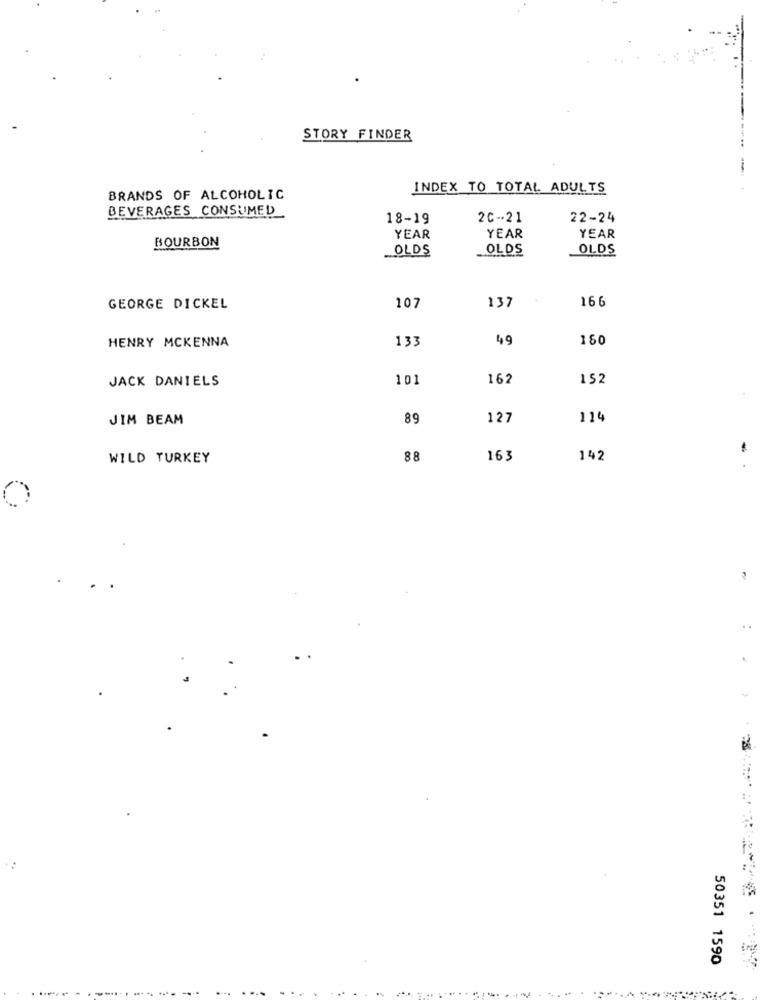
STORY FINDER
INDEX TO TOTAL ADULTS
BRANDS OF ALCOHOLIC
BEVERAGES CONSUMED
18-19
20-21
22-24
BOURBON
YEAR
YEAR
YEAR
.. OLDS
OLDS
OLDS
137
166
GEORGE DICKEL
107
HENRY MCKENNA
133
49
150
JACK DANIELS
101
162
152
JIM BEAM
89
127
114
WILD TURKEY
88
163
142
..
1.
ing
50351 1590